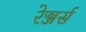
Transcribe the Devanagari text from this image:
रेञ्जर्स